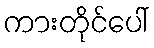
ကားတိုင်ပေါ်